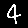
Digit: 4